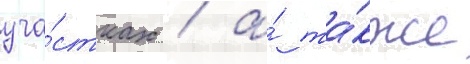
уча́стках / а́ та́кже